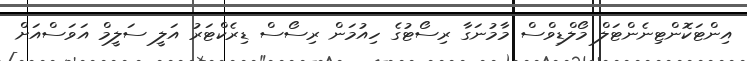
އިންޓަކޮންޓިނެންޓަލް މޯލްޑިވްސް މާމުނަގާ ރިސޯޓުގެ ހިއުމަން ރިސޯސް ޑިރެކްޓަރު އަލީ ސަލީމް އަވަސްއަށް